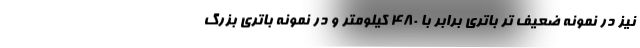
نیز در نمونه ضعیف تر باتری برابر با 480 کیلومتر و در نمونه باتری بزرگ